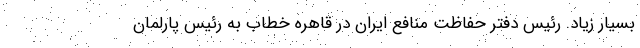
بسیار زیاد. رئیس دفتر حفاظت منافع ایران در قاهره خطاب به رئیس پارلمان